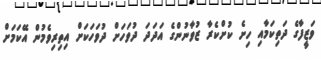
ވަޒީފާގެ ދަތިކަމާއި ހިށެ ކުށްކެރާ ޒުވާނުންގެ އަދަދަ ދުވަހަށް ދުވަހަކަށް އިތިރިވެމުން އޭކަމަށް